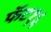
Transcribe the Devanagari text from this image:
फॅट१६